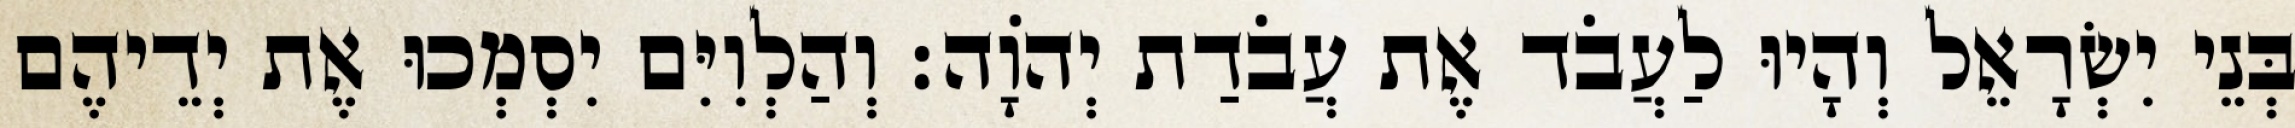
בְּנֵי יִשְׂרָאֵל וְהָיוּ לַעֲבֹד אֶת עֲבֹדַת יְהוָֹה׃ וְהַלְוִיִּם יִסְמְכוּ אֶת יְדֵיהֶם